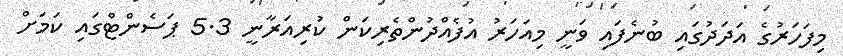
މިފަހަރުގެ އަދަދުގައި ބުނެފައި ވަނީ މިއަހަރު އުފެއްދުންތެރިކަން ކުރިއަރާނީ 5.3 ޕަސެންޓްގައި ކަމަށް